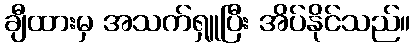
ချီထားမှ အသက်ရှူပြီး အိပ်နိုင်သည်။